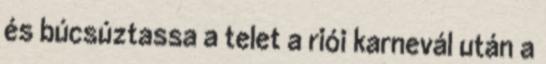
és búcsúztassa a telet a riói karnevál után a